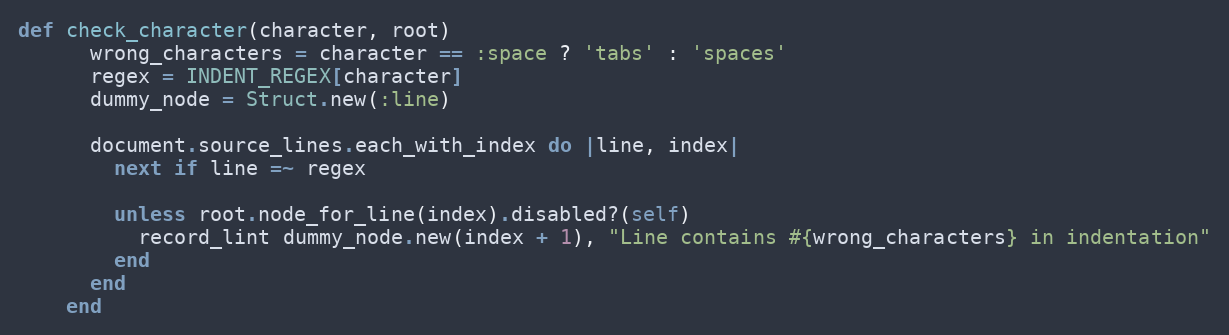
Language: Ruby
def check_character(character, root)
      wrong_characters = character == :space ? 'tabs' : 'spaces'
      regex = INDENT_REGEX[character]
      dummy_node = Struct.new(:line)

      document.source_lines.each_with_index do |line, index|
        next if line =~ regex

        unless root.node_for_line(index).disabled?(self)
          record_lint dummy_node.new(index + 1), "Line contains #{wrong_characters} in indentation"
        end
      end
    end